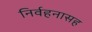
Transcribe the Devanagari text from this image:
निर्वहनासह